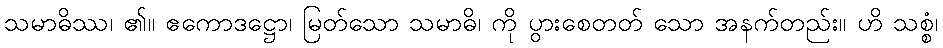
သမာဓိဿ၊ ၏။ ဧကောဒဋ္ဌော၊ မြတ်သော သမာဓိ၊ ကို ပွားစေတတ် သော အနက်တည်း။ ဟိ သစ္စံ၊